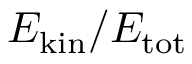
E _ { \mathrm { k i n } } / E _ { \mathrm { t o t } }